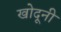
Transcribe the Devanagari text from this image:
खोदूनी